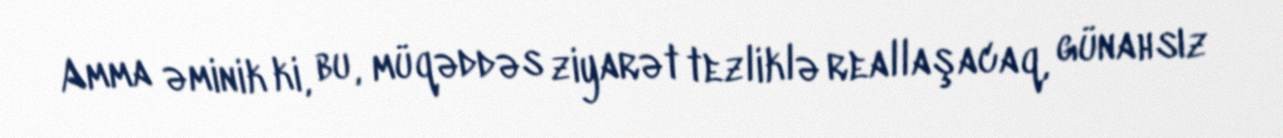
Amma əminik ki, bu, müqəddəs ziyarət tezliklə reallaşacaq, günahsız